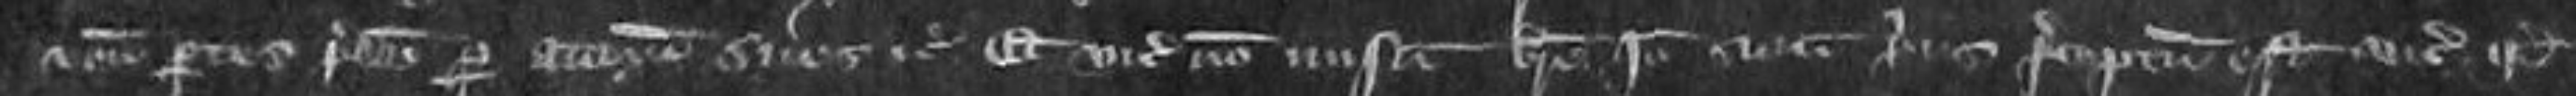
veniunt partes predictos per attornatos suos etc et vicecomes non misit breve Ideo sicut prius preceptum est vicecomiti quod